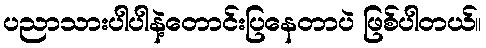
ပညာသားပါပါနဲ့တောင်းပြနေတာပဲ ဖြစ်ပါတယ်။